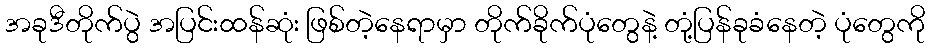
အခုဒီတိုက်ပွဲ အပြင်းထန်ဆုံး ဖြစ်တဲ့နေရာမှာ တိုက်ခိုက်ပုံတွေနဲ့ တုံ့ပြန်ခုခံနေတဲ့ ပုံတွေကို